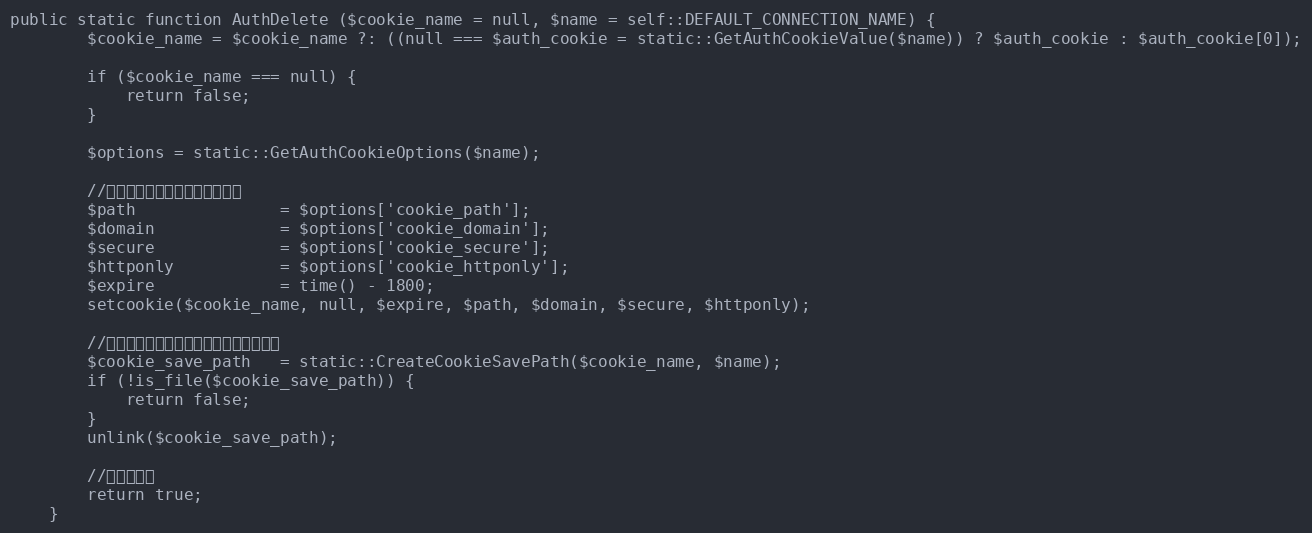
Language: PHP
public static function AuthDelete ($cookie_name = null, $name = self::DEFAULT_CONNECTION_NAME) {
		$cookie_name = $cookie_name ?: ((null === $auth_cookie = static::GetAuthCookieValue($name)) ? $auth_cookie : $auth_cookie[0]);

		if ($cookie_name === null) {
			return false;
		}

		$options = static::GetAuthCookieOptions($name);

		//クライアント側クッキーの削除
		$path				= $options['cookie_path'];
		$domain				= $options['cookie_domain'];
		$secure				= $options['cookie_secure'];
		$httponly			= $options['cookie_httponly'];
		$expire				= time() - 1800;
		setcookie($cookie_name, null, $expire, $path, $domain, $secure, $httponly);

		//クッキー認証セッションファイルの削除
		$cookie_save_path	= static::CreateCookieSavePath($cookie_name, $name);
		if (!is_file($cookie_save_path)) {
			return false;
		}
		unlink($cookie_save_path);

		//認証を破棄
		return true;
	}